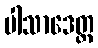
ပါသာဒေတ္ထ